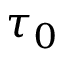
\tau _ { 0 }